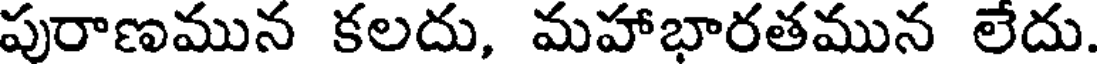
పురాణమున కలదు, మహాభారతమున లేదు.